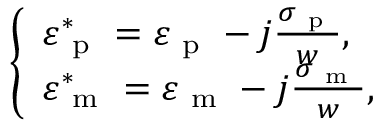
\left\{ \begin{array} { l l l } { \varepsilon _ { \mathrm { ~ p ~ } } ^ { * } = \varepsilon _ { \mathrm { ~ p ~ } } - j \frac { \sigma _ { \mathrm { ~ p ~ } } } { w } , } \\ { \varepsilon _ { \mathrm { ~ m ~ } } ^ { * } = \varepsilon _ { \mathrm { ~ m ~ } } - j \frac { \sigma _ { \mathrm { ~ m ~ } } } { w } , } \end{array} \right.